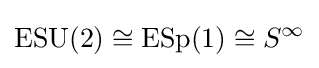
\operatorname {ESU} (2)\cong \operatorname {ESp} (1)\cong S^{\infty }